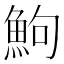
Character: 鮈